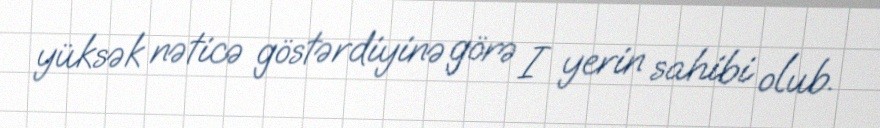
yüksək nəticə göstərdiyinə görə I yerin sahibi olub.